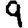
Digit: 9